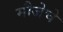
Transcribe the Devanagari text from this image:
मौजेचे